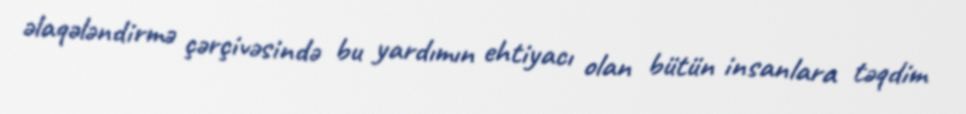
əlaqələndirmə çərçivəsində bu yardımın ehtiyacı olan bütün insanlara təqdim